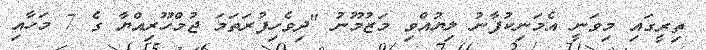
ތިރީގައި މިވަނީ އެމަނިކުފާނު ލިޔުއްވި މަޒުމޫނު "ދިވެހިފުރަތަމަ ޖުމްހޫރިއްޔާ ގެ 7 މަހާއި